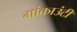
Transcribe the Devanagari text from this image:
मांकाउंटी